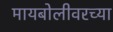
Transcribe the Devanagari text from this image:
मायबोलीवरच्या